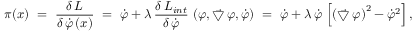
\pi ( x ) ~ = ~ \frac { \delta \, { \cal L } } { \delta \, \dot { \varphi } \, ( x ) } ~ = ~ \dot { \varphi } + \lambda \, \frac { \delta \, { \cal L } _ { i n t } } { \delta \, \dot { \varphi } } \, \left( \varphi , \vec { \bigtriangledown } \, \varphi , \dot { \varphi } \right) ~ = ~ \dot { \varphi } + \lambda \, \dot { \varphi } \, \left[ \left( \vec { \bigtriangledown } \, \varphi \right) ^ { 2 } - \dot { \varphi } ^ { 2 } \right] ,